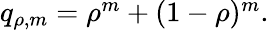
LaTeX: \begin{array}{r}{q_{\rho,m}=\rho^{m}+(1-\rho)^{m}.}\end{array}